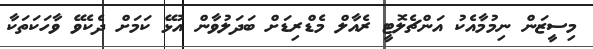
މިސީޒަން ނިމުމާއެކު އަންޗެލޮޓީ ރެއާލް މެޑްރިޑަށް ބަދަލުވާން އުޅޭ ކަމަށް ދެކެވޭ ވާހަކަތަކާ